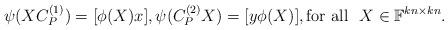
LaTeX: \begin{align*} \psi(X C_P^{(1)}) = [\phi(X)x], \psi( C_P^{(2)} X) = [y \phi(X)], \mathrm{for} \ \mathrm{all} \ \ X \in \mathbb{F}^{kn \times kn}.\end{align*}